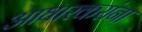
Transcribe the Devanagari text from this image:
आघारकरांना